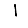
Digit: 1